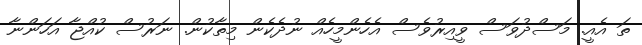
ތަ އެއީ. މަސްދުވަސް ވީއިރުވެސް އެހެންމީހެއް ނުދެކެން މިތާކުން. ނަރުސް ކުއްޖާ އަހަންނާ